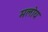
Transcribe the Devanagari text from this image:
मलोय